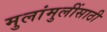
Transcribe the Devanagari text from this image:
मुलांमुलींसाठी